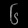
Digit: ၆